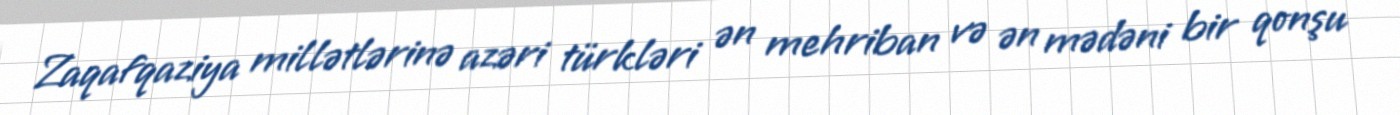
Zaqafqaziya millətlərinə azəri türkləri ən mehriban və ən mədəni bir qonşu